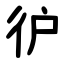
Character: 㣗